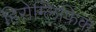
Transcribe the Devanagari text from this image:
हिरोग्लिफ़िक